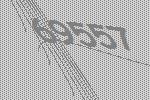
69557